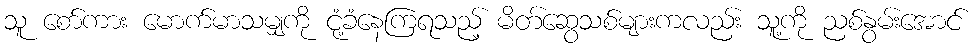
သူ စော်ကား မောက်မာသမျှကို ငုံ့ခံနေကြရသည့် မိတ်ဆွေသစ်များကလည်း သူ့ကို ညစ်နွမ်းအောင်